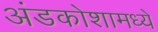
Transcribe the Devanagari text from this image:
अंडकोशामध्ये